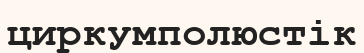
циркумполюстік